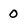
Character: 0